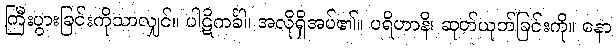
ကြီးပွားခြင်းကိုသာလျှင်။ ပါဋိကင်္ခါ၊ အလိုရှိအပ်၏။ ပရိဟာနိ၊ ဆုတ်ယုတ်ခြင်းကို။ နော